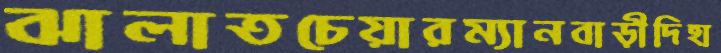
ঝালাতচেয়ারম্যানবাড়ীদিহা